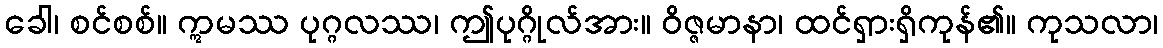
ခေါ၊ စင်စစ်။ ဣမဿ ပုဂ္ဂလဿ၊ ဤပုဂ္ဂိုလ်အား။ ဝိဇ္ဇမာနာ၊ ထင်ရှားရှိကုန်၏။ ကုသလာ၊